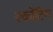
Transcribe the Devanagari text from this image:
एकोंटिंग